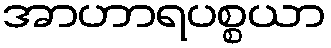
အာဟာရပစ္စယာ